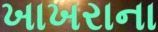
ખાખરાના